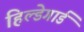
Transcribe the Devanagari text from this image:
हिल्डेगार्ड